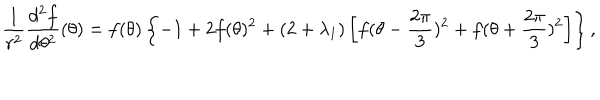
LaTeX: \frac { 1 } { r ^ { 2 } } \frac { d ^ { 2 } f } { d \theta ^ { 2 } } ( \theta ) = f ( \theta ) \left\{ - 1 + 2 f ( \theta ) ^ { 2 } + ( 2 + \lambda _ { 1 } ) \left[ f ( \theta - \frac { 2 \pi } { 3 } ) ^ { 2 } + f ( \theta + \frac { 2 \pi } { 3 } ) ^ { 2 } \right] \right\} ,